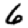
Digit: 6